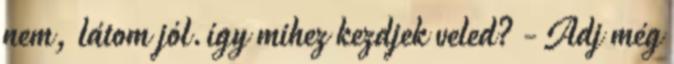
nem, látom jól.így mihez kezdjek veled? - Adj még